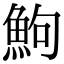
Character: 鮈